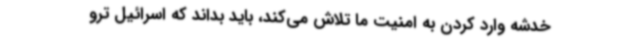
خدشه وارد کردن به امنیت ما تلاش می‌کند، باید بداند که اسرائیل ترو